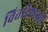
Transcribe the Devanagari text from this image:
वितरिकाओं